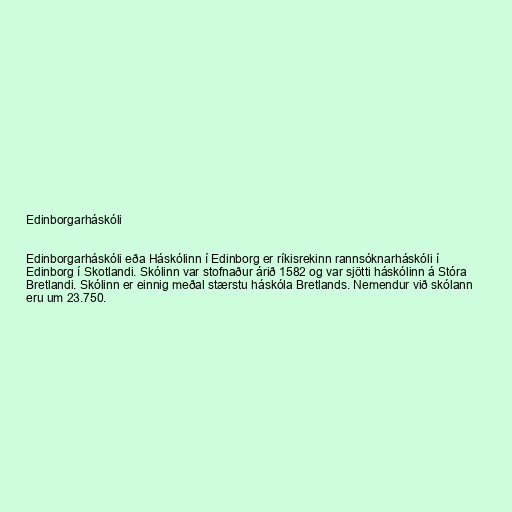
Edinborgarháskóli

Edinborgarháskóli eða Háskólinn í Edinborg er ríkisrekinn rannsóknarháskóli í
Edinborg í Skotlandi. Skólinn var stofnaður árið 1582 og var sjötti háskólinn á Stóra
Bretlandi. Skólinn er einnig meðal stærstu háskóla Bretlands. Nemendur við skólann
eru um 23.750.